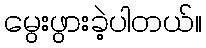
မွေးဖွားခဲ့ပါတယ်။